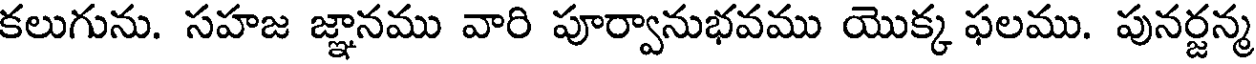
కలుగును. సహజ జ్ఞానము వారి పూర్వానుభవము యొక్క ఫలము. పునర్జన్మ